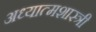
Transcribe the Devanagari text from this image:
अध्यात्मशास्त्री